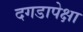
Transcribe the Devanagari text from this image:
दगडापेक्षा